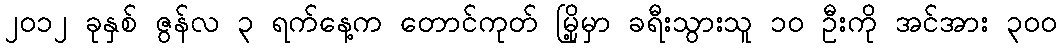
၂၀၁၂ ခုနှစ် ဇွန်လ ၃ ရက်နေ့က တောင်ကုတ် မြို့မှာ ခရီးသွားသူ ၁၀ ဦးကို အင်အား ၃ဝဝ